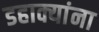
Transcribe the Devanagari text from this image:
डहाक्यांना